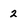
Character: 2